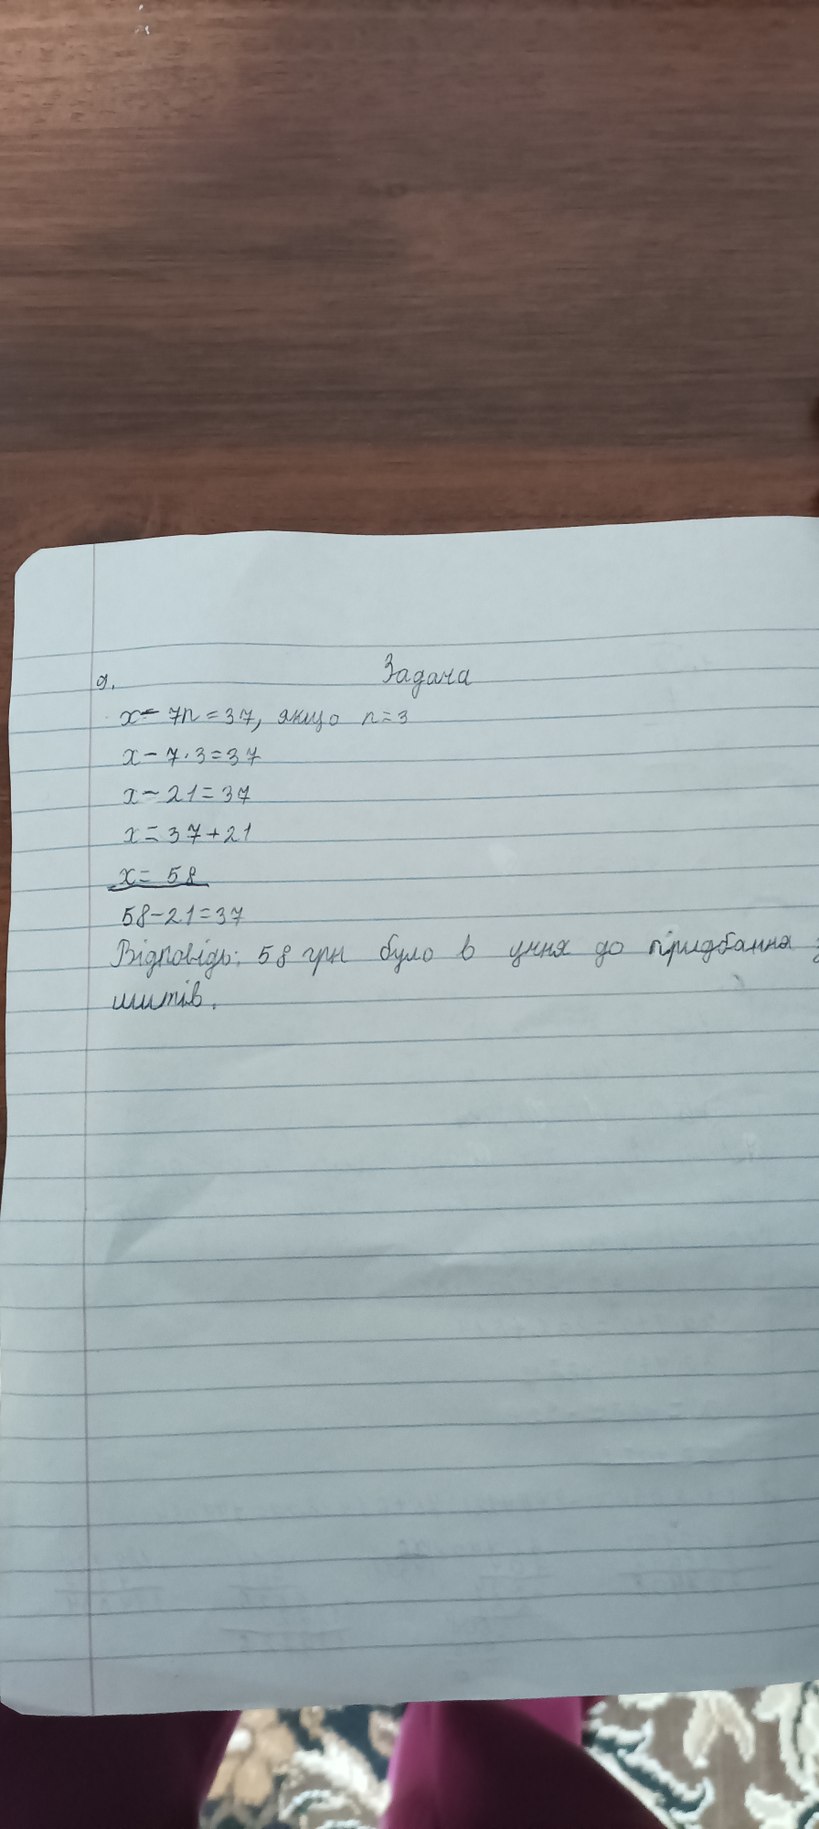
9. Задача
x - 7n = 37, якщо n=3
x - 7⋅  3 = 37
7 - 21 = 37
x=37+21
x = 58
58-21=37
Відповідь: 58 грн було в учня до придбання
листів.